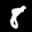
Label: 8